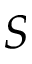
S